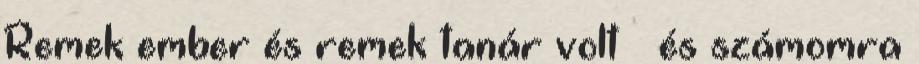
Remek ember és remek tanár volt – és számomra